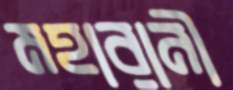
মহারানী